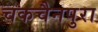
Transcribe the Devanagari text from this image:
चकचैनपुरा